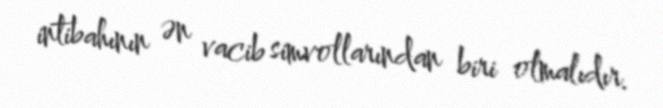
intibahının ən vacib simvollarından biri olmalıdır.